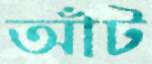
আঁট